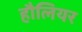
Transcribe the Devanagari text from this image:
हौलियर